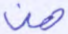
هن